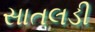
સાતલડી